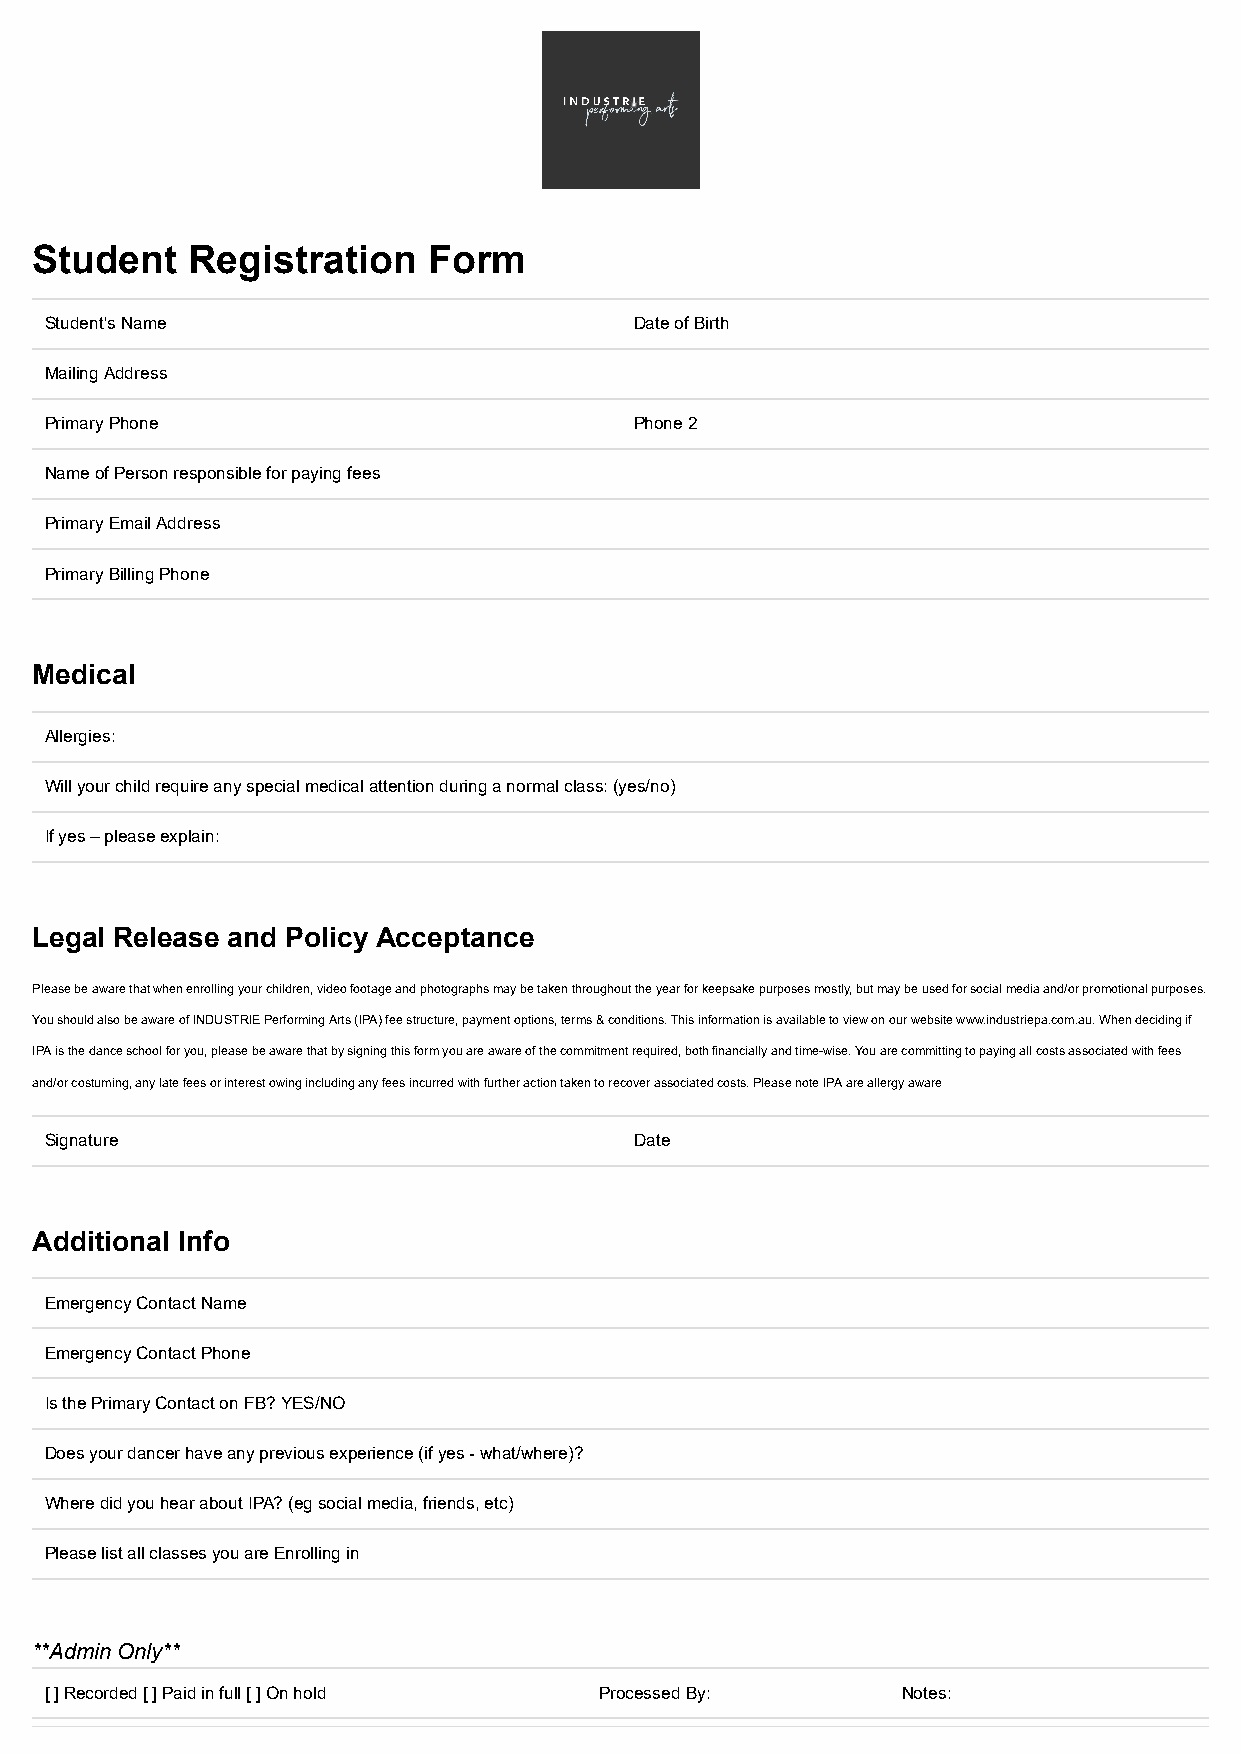
Student    Registration   Form
 Student's Name                         Date of Birth
 Mailing Address
 Primary Phone                          Phone 2
 Name of Person responsible for paying fees
 Primary Email Address
 Primary Billing Phone
 Medical
 Allergies:
 Will your child require any special medical attention during a normal class: (yes/no)
 If yes – please explain:
 Legal Release and Policy Acceptance
 Please be aware that when enrolling your children, video footage and photographs may be taken throughout the year for keepsake purposes mostly, but may be used for social media and/or promotional purposes.
 You should also be aware of INDUSTRIE Performing Arts (IPA) fee structure, payment options, terms & conditions. This information is available to view on our website www.industriepa.com.au. When deciding if
 IPA is the dance school for you, please be aware that by signing this form you are aware of the commitment required, both financially and time-wise. You are committing to paying all costs associated with fees
 and/or costuming, any late fees or interest owing including any fees incurred with further action taken to recover associated costs. Please note IPA are allergy aware
 Signature                              Date
 Additional Info
 Emergency Contact Name
 Emergency Contact Phone
 Is the Primary Contact on FB? YES/NO
 Does your dancer have any previous experience (if yes - what/where)?
 Where did you hear about IPA? (eg social media, friends, etc)
 Please list all classes you are Enrolling in
 **Admin Only**
 [ ] Recorded [ ] Paid in full [ ] On hold Processed By:  Notes: